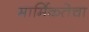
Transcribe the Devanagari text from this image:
मार्मिकतेचा